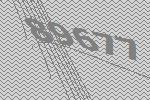
89677